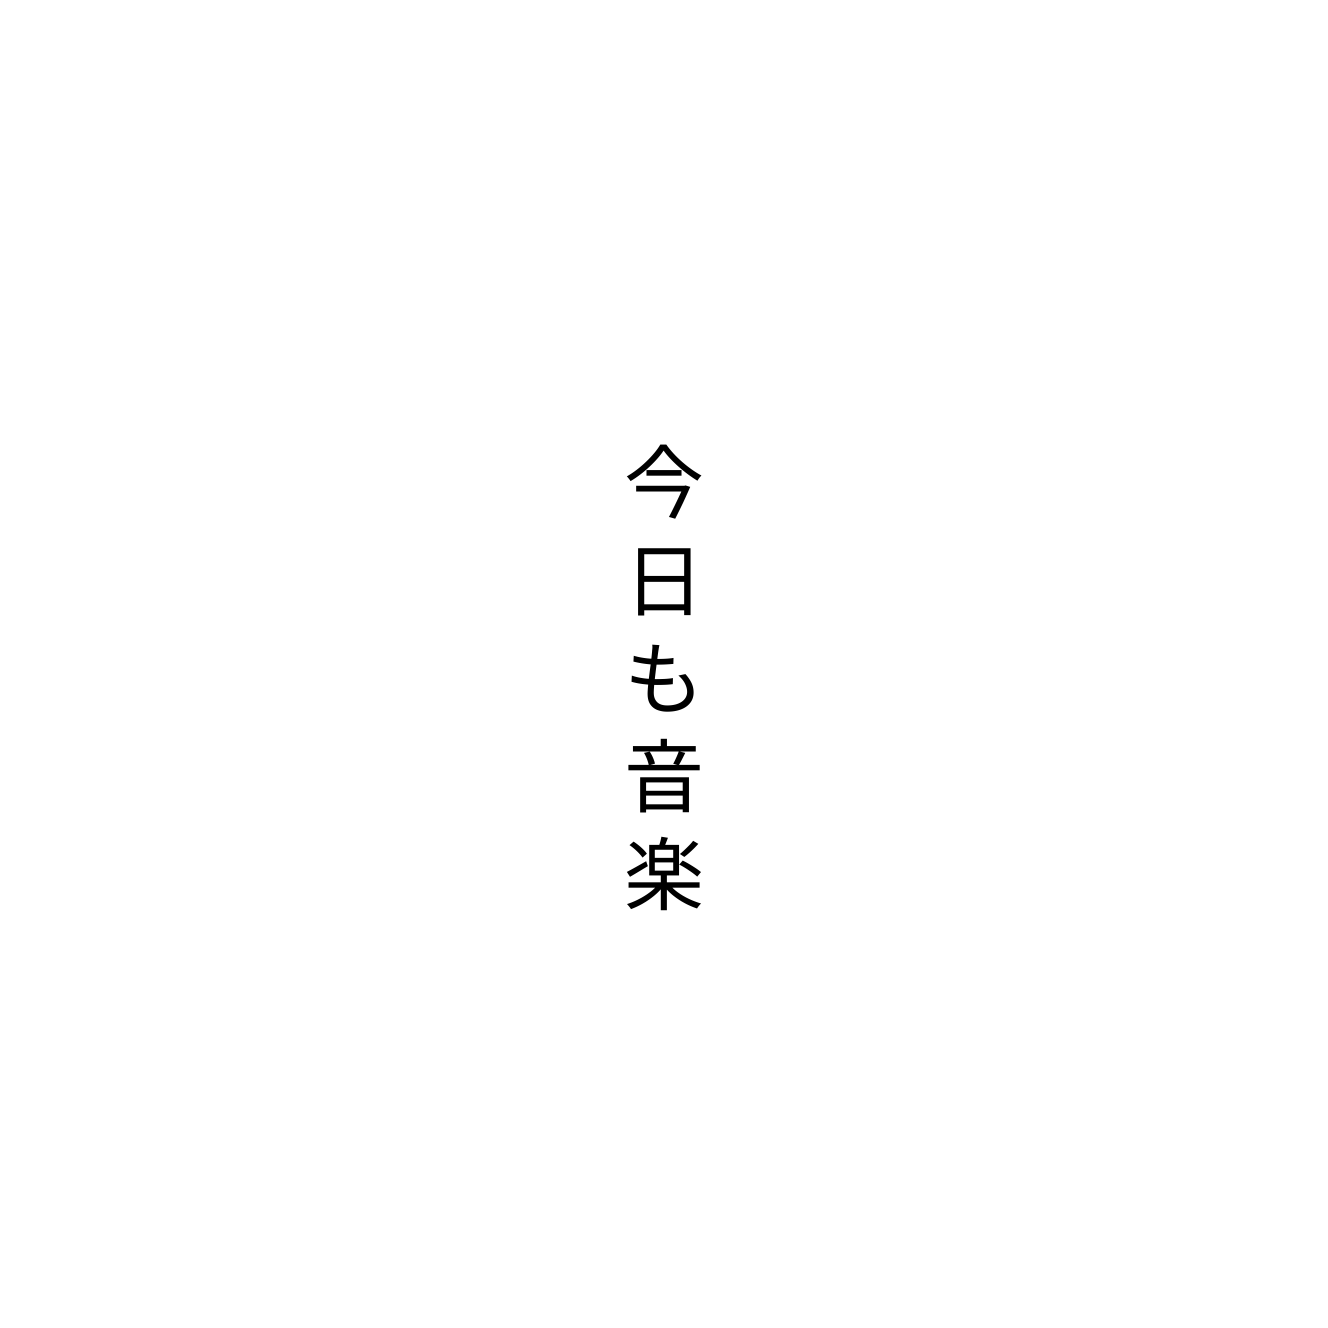
今日も音楽